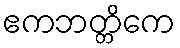
ဧကဘတ္တိကေ